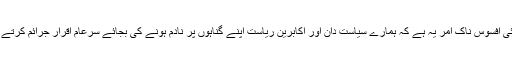
انتہائی افسوس ناک امر یہ ہے کہ ہمارے سیاست دان اور اکابرین ریاست اپنے گناہوں پر نادم ہونے کی بجائے سرعام اقرار جرائم کرتے ہیں۔